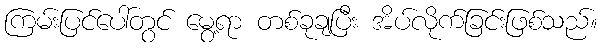
ကြမ်းပြင်ပေါ်တွင် မွေ့ရာ တစ်ခုချပြီး အိပ်လိုက်ခြင်းဖြစ်သည်။